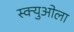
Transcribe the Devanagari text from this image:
स्क्युओला